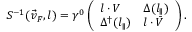
S ^ { - 1 } ( \vec { v } _ { F } , l ) = \gamma ^ { 0 } \left( \begin{array} { l l } { { l \cdot V } } & { { \Delta ( l _ { \parallel } ) } } \\ { { \Delta ^ { \dagger } ( l _ { \parallel } ) } } & { { l \cdot \bar { V } } } \end{array} \right) .